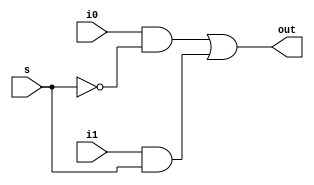
/*This circuit is taken from Lecture 05,
  provided by Dr. Mahboob Qaosar sir, page-8
*/
module mux_2_to_1(out, i0, i1, s);
    input i0, i1, s;
    output out;
    wire s_bar, a, b;
  
    not(s_bar, s);
    and(a, i0, s_bar);
    and(b, i1, s);
    or(out, a, b);
endmodule

module mux_8_to_1(out, i, s);
    input [7:0] i;
    input [2:0] s;
    output out;
    wire out_m1, out_m2, out_m3, out_m4;
    wire out_m5, out_m6;
  
    mux_2_to_1 m1(out_m1, i[0], i[1], s[0]);
    mux_2_to_1 m2(out_m2, i[2], i[3], s[0]);
    mux_2_to_1 m3(out_m3, i[4], i[5], s[0]);
    mux_2_to_1 m4(out_m4, i[6], i[7], s[0]);
    
    mux_2_to_1 m5(out_m5, out_m1, out_m2, s[1]);
    mux_2_to_1 m6(out_m6, out_m3, out_m4, s[1]);
    
    mux_2_to_1 m7(out, out_m5, out_m6, s[2]);
endmodule